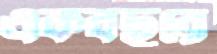
একবছরে